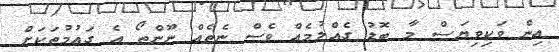
އިން ވަކިވިޔަސް މާ ބޮޑު ގެއްލުމެއް ވެސް ނެތެއް ނޫންތޯ އެ ގައުމުތަކަށް